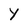
Character: Y